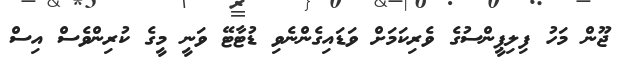
ޖޫން މަހު ފިލިޕީންސުގެ ވެރިކަމަށް ވަޑައިގެންނެވި ޑުޓާޓޭ ވަނީ މީގެ ކުރިންވެސް އިސް